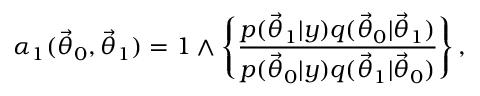
\alpha _ { 1 } ( \ensuremath { \vec { \theta } } _ { 0 } , \ensuremath { \vec { \theta } } _ { 1 } ) = 1 \wedge \left\{ \frac { p ( \ensuremath { \vec { \theta } } _ { 1 } | y ) q ( \ensuremath { \vec { \theta } } _ { 0 } | \ensuremath { \vec { \theta } } _ { 1 } ) } { p ( \ensuremath { \vec { \theta } } _ { 0 } | y ) q ( \ensuremath { \vec { \theta } } _ { 1 } | \ensuremath { \vec { \theta } } _ { 0 } ) } \right\} ,